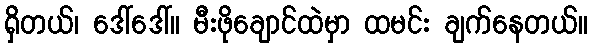
ရှိတယ်၊ ဒေါ်ဒေါ်။ မီးဖိုချောင်ထဲမှာ ထမင်း ချက်နေတယ်။